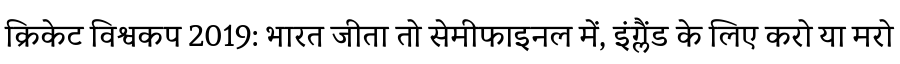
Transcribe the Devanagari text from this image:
क्रिकेट विश्वकप 2019: भारत जीता तो सेमीफाइनल में, इंग्लैंड के लिए करो या मरो